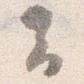
云